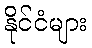
နိုင်ငံများ